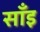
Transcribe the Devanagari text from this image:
साँइ